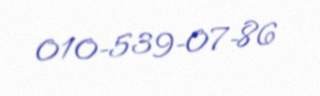
010-539-07-86